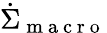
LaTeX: \dot{\Sigma}_{\mathrm{~m~a~c~r~o~}}